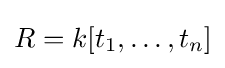
R=k[t_{1},\ldots ,t_{n}]